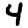
Digit: 4